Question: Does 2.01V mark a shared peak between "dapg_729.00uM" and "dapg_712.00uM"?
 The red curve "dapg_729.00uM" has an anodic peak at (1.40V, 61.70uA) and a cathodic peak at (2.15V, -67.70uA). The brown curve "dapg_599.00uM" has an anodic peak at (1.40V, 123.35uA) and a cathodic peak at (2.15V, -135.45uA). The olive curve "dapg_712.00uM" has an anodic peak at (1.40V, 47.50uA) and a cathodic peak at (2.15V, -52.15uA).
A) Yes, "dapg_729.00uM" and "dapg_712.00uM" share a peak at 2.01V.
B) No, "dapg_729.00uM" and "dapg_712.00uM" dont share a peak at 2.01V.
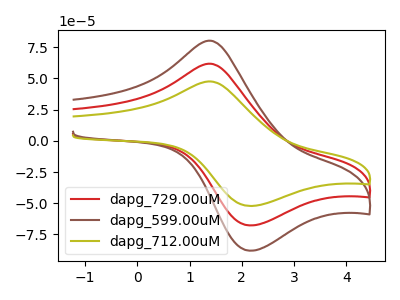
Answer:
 <answer>B) No, "dapg_729.00uM" and "dapg_712.00uM" dont share a peak at 2.01V.</answer>
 <eval>B</eval>